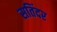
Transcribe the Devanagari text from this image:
सतिंदर